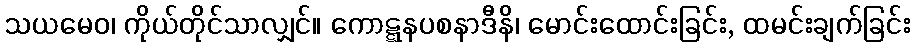
သယမေဝ၊ ကိုယ်တိုင်သာလျှင်။ ကောဋ္ဋနပစနာဒီနိ၊ မောင်းထောင်းခြင်း, ထမင်းချက်ခြင်း